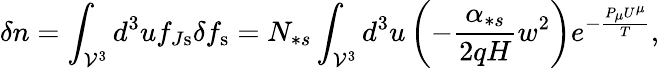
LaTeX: \delta n=\int_{\mathcal{V}^{3}}d^{3}uf_{J\mathrm{s}}\delta f_{\mathrm{s}}=N_{\ast s}\int_{\mathcal{V}^{3}}d^{3}u\left(-\frac{\alpha_{\ast s}}{2qH}w^{2}\right)e^{-\frac{P_{\mu}U^{\mu}}{T}},